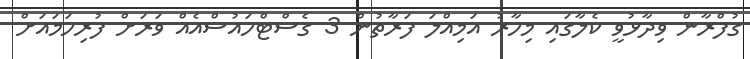
ގުފްރާން ވިދާޅުވީ ކެލާގައި މިހާރު އަމިއްލަ ފަރާތުން 3 ގެސްޓްހައުސްއެއް ވަރަށް ފުރިހަމައަށް